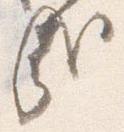
哉